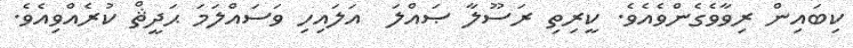
ކިބައިން ރިވާވެގެންވެއެވެ. ކީރިތި ރަސޫލާ ޞައްލަ  އަލައިހި ވަސައްލަމަ ޙަދީޘް ކުރެއްވިއެވެ.